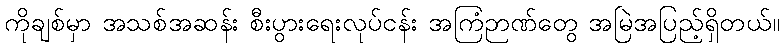
ကိုချစ်မှာ အသစ်အဆန်း စီးပွားရေးလုပ်ငန်း အကြံဉာဏ်တွေ အမြဲအပြည့်ရှိတယ်။